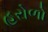
હરોળો